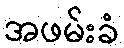
အဖမ်းခံ